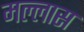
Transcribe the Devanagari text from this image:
मल्लास